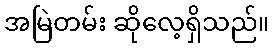
အမြဲတမ်း ဆိုလေ့ရှိသည်။